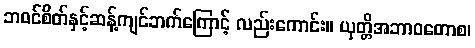
ဘဝင်စိတ်နှင့်ဆန့်ကျင်ဘက်ကြောင့် လည်းကောင်း။ ယုတ္တိအဘာဝတောစ၊